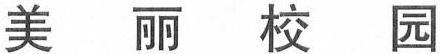
美 丽 校 园